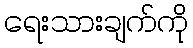
ရေးသားချက်ကို